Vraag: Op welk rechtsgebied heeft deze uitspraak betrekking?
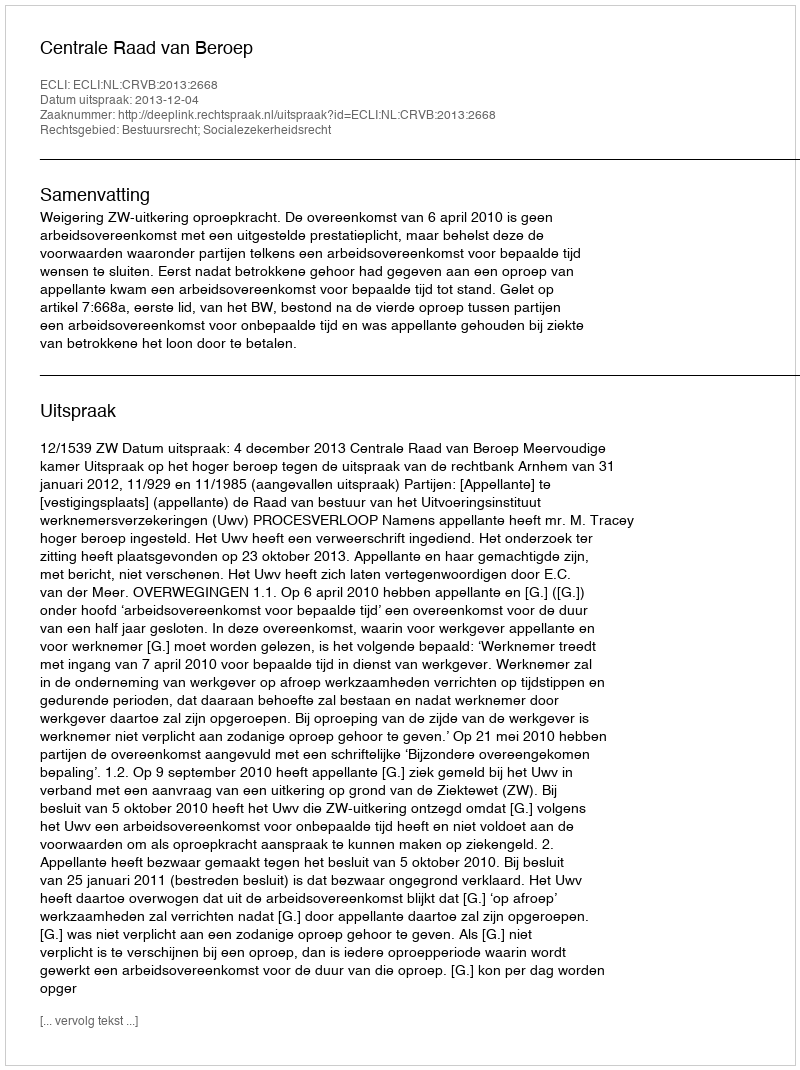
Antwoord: Bestuursrecht; Socialezekerheidsrecht